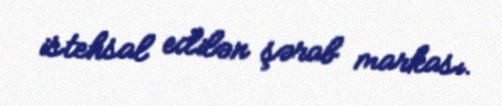
istehsal edilən şərab markası.